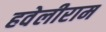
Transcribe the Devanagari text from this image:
हवेलीराम